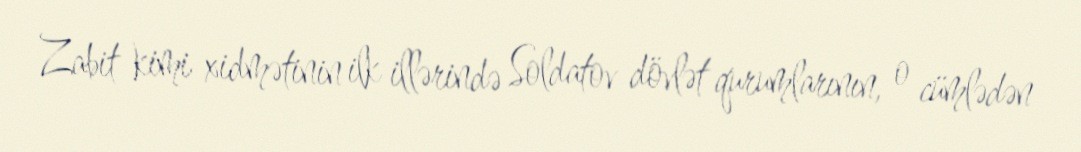
Zabit kimi xidmətinin ilk illərində Soldatov dövlət qurumlarının, o cümlədən